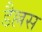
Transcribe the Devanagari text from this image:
डैल्लस